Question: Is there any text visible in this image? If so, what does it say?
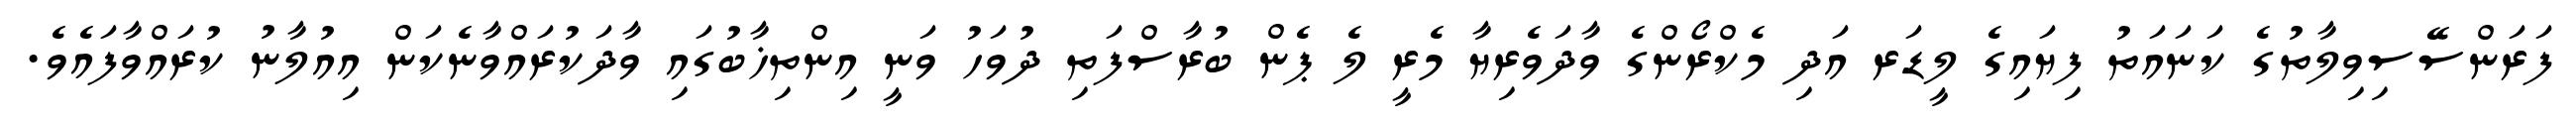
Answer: ފަރަންސޭސިވިލާތުގެ ކަނައަތު ފިޔައިގެ ލީޑަރ އަދި މެކްރޯންގެ ވާދަވެރިޔާ މެރީ ލެ ޕެން ބުރާސްފަތި ދުވަހު ވަނީ އިންތިޚާބުގައި ވާދަކުރައްވާނެކަން އިއުލާނު ކުރައްވާފައެވެ.